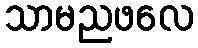
သာမညဖလေ